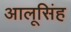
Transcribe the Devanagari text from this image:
आलूसिंह